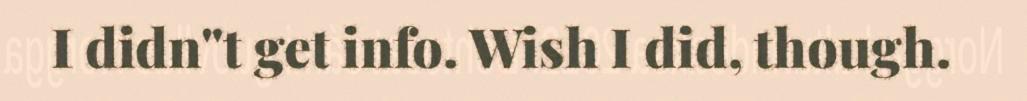
I didn"t get info. Wish I did, though.